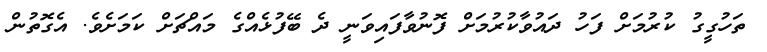
ތަހުގީގު ކުރުމަށް ފަހު ދައުވާކުރުމަށް ފޮނުވާފައިވަނީ ދެ ބޭފުޅެއްގެ މައްޗަށް ކަމަށެވެ. އެގޮތުން